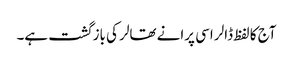
آج کا لفظ ڈالر اسی پرانے تھالر کی بازگشت ہے۔